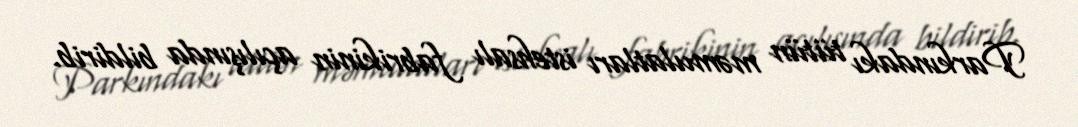
Parkındakı tütün məmulatları istehsalı fabrikinin açılışında bildirib.